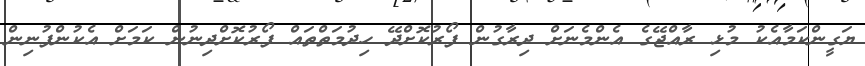
ޔަގީންކަމާއެކު މުޅި ރާއްޖޭގެ އެންމެނަށް ދިރާގުން ފޯރުކޮށްދޭ ހިދުމަތްތައް ފޯރުކޮށްދިނުން ކަމަށް އެކުންފުނިން